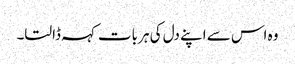
وہ اس سے اپنے دل کی ہر بات کہہ ڈالتا۔